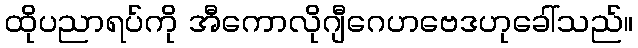
ထိုပညာရပ်ကို အီကောလိုဂျီဂေဟဗေဒဟုခေါ်သည်။